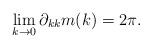
LaTeX: \begin{align*} \lim_{k \to 0}\partial_{kk} m(k) = 2\pi.\end{align*}